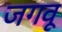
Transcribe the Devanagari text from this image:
जगवू